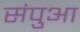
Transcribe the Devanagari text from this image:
संपुआ